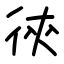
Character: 㣣